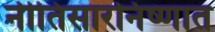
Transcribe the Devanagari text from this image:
नीतिसारनिष्णात